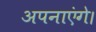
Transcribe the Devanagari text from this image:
अपनाएंगे।